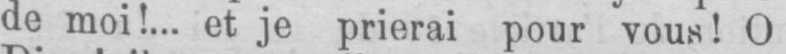
de moi!... et je prierai pour vous! O